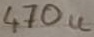
Text: 470u